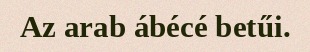
Az arab ábécé betűi.